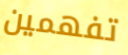
تفهمين